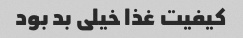
کیفیت غذا خیلی بد بود